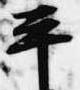
平